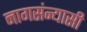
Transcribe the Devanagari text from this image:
नागसंन्यासी